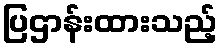
ပြဌာန်းထားသည့်